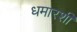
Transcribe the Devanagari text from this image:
धमारशी